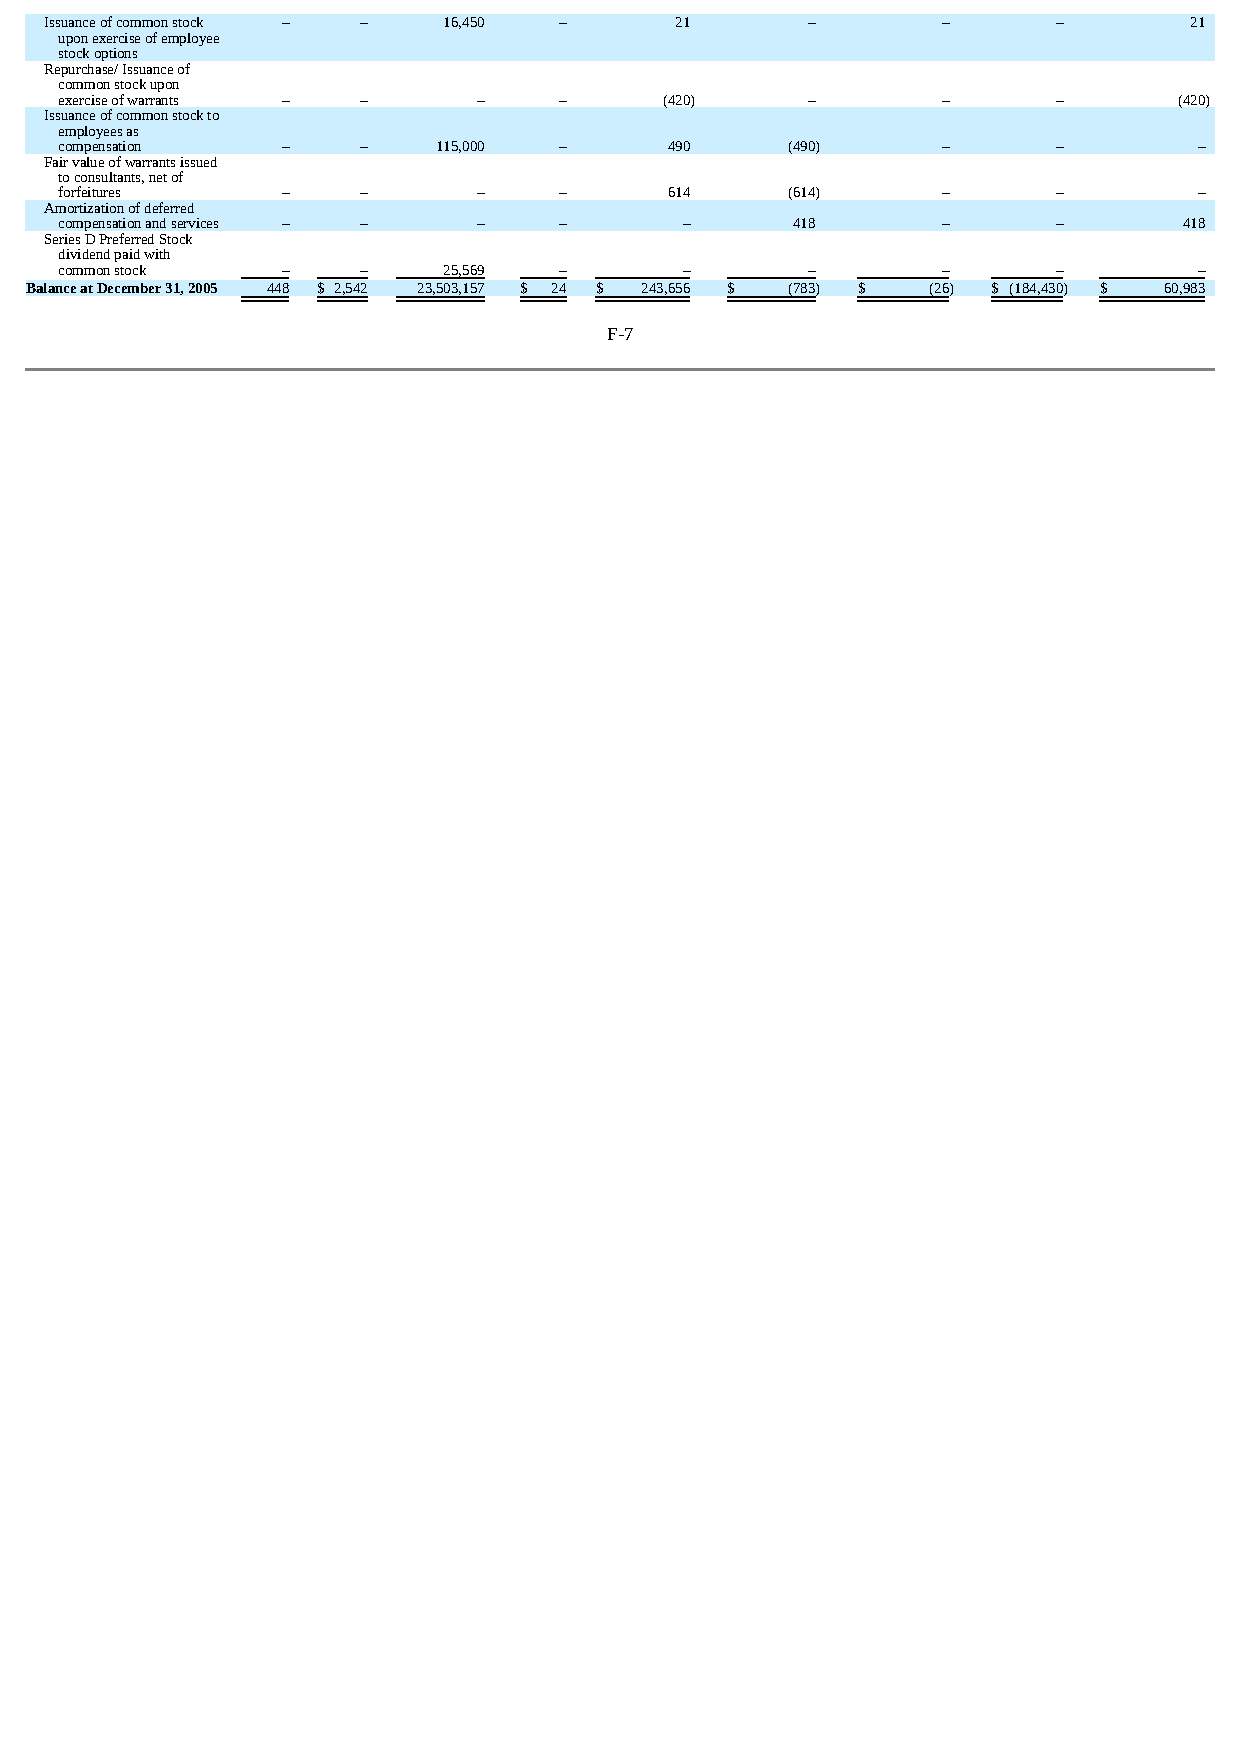
Issuance of common stock – – 16,450 –     21      –        –       –        21
 upon exercise of employee
 stock options
 Repurchase/ Issuance of
 common stock upon
 exercise of warrants – –    –    –      (420)    –        –       –       (420)
 Issuance of common stock to
 employees as
 compensation   –    –    115,000 –      490     (490)     –       –        –
 Fair value of warrants issued
 to consultants, net of
 forfeitures    –    –       –    –      614     (614)     –       –        –
 Amortization of deferred
 compensation and services – – –  –       –      418       –       –       418
 Series D Preferred Stock
 dividend paid with
 common stock   –    –    25,569  –       –       –        –       –        –
 Balance at December 31, 2005 448 $ 2,542 23,503,157 $ 24 $ 243,656 $ (783 ) $ (26 ) $ (184,430 ) $ 60,983
 F-7